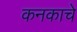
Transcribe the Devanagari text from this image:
कनकाचे